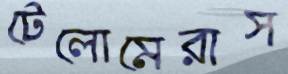
টেলোমেরাস